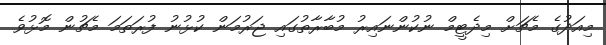
މިއަދުގެ މެޗަށް މިދެޓީމް ނުކުންނައިރު މުބާރާތުގައި ޖަރުމަން ކުޅުނު ފުރަތަމަ މެޗުން މޮޅުވެ